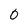
Character: 0